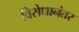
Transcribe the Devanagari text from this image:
विरोधानंतर